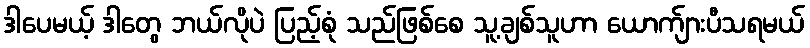
ဒါပေမယ့် ဒါတွေ ဘယ်လိုပဲ ပြည့်စုံ သည်ဖြစ်စေ သူ့ချစ်သူဟာ ယောက်ျားပီသရမယ်